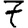
Digit: 7